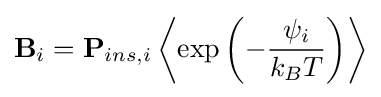
\mathbf {B} _{i}=\mathbf {P} _{ins,i}\left\langle \exp \left(-{\frac {\psi _{i}}{k_{B}T}}\right)\right\rangle